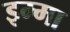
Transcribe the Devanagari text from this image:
इम्मा